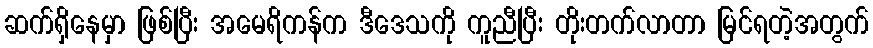
ဆက်ရှိနေမှာ ဖြစ်ပြီး အမေရိကန်က ဒီဒေသကို ကူညီပြီး တိုးတက်လာတာ မြင်ရတဲ့အတွက်